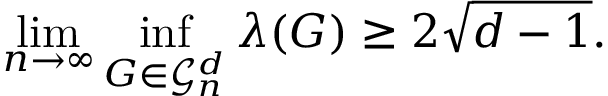
\operatorname* { l i m } _ { n \to \infty } \operatorname* { i n f } _ { G \in { \mathcal { G } } _ { n } ^ { d } } \lambda ( G ) \geq 2 { \sqrt { d - 1 } } .